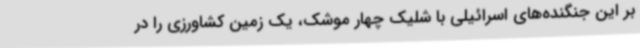
بر این جنگنده‌های اسرائیلی با شلیک چهار موشک، یک زمین کشاورزی را در